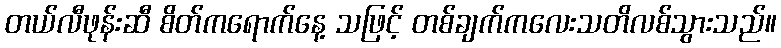
တယ်လီဖုန်းဆီ စိတ်ကရောက်နေ့ သဖြင့် တစ်ချက်ကလေးသတိလစ်သွားသည်။